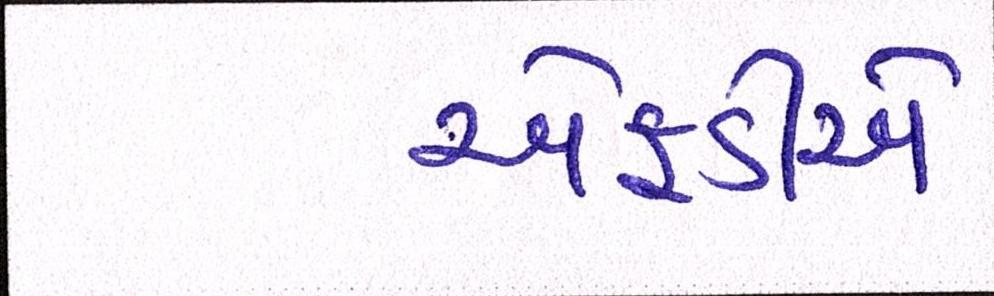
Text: એફડીએ